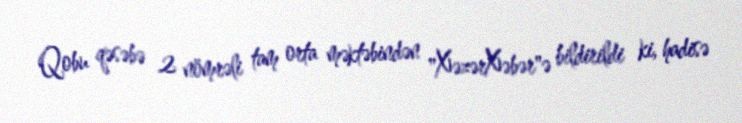
Qobu qəsəbə 2 nömrəli tam orta məktəbindən "XəzərXəbər"ə bildirildi ki, hadisə